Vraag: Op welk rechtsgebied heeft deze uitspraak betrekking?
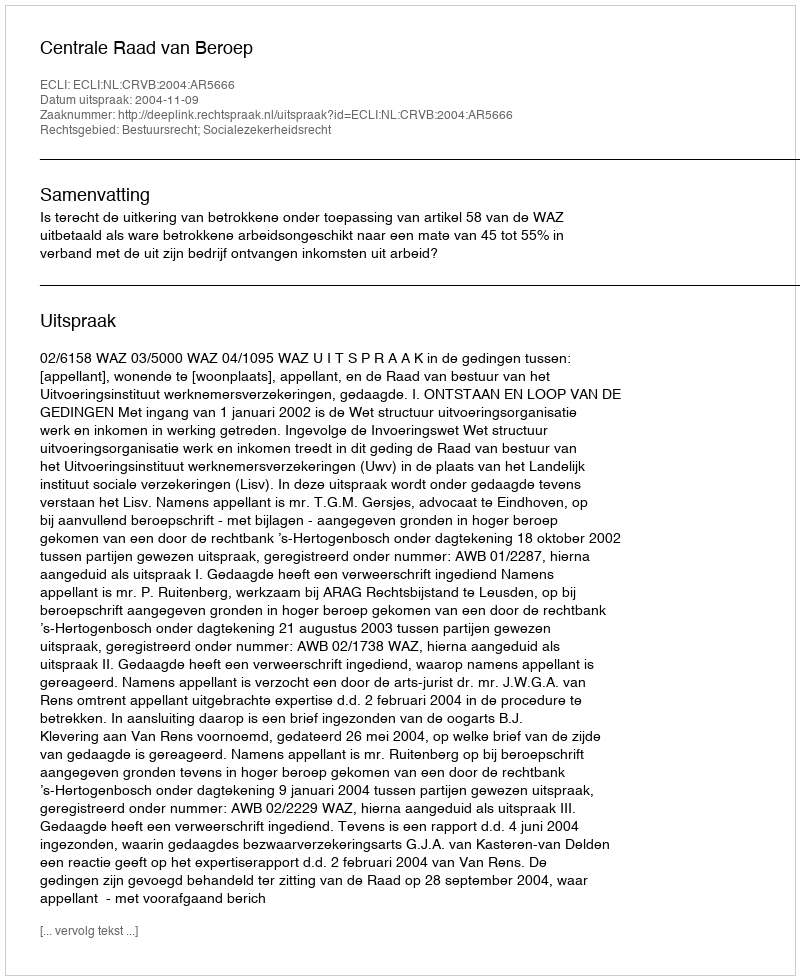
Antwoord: Bestuursrecht; Socialezekerheidsrecht